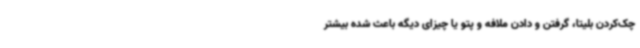
چک‌کردن بلیتا، گرفتن و دادن ملافه و پتو یا چیزای دیگه باعث شده بیشتر